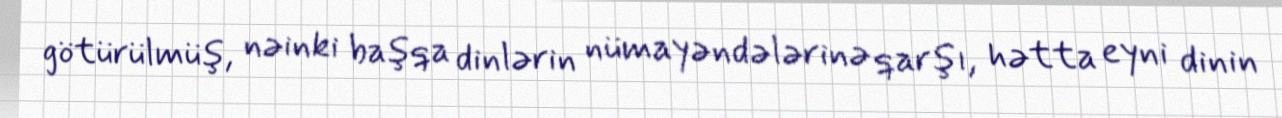
götürülmüş, nəinki başqa dinlərin nümayəndələrinə qarşı, hətta eyni dinin